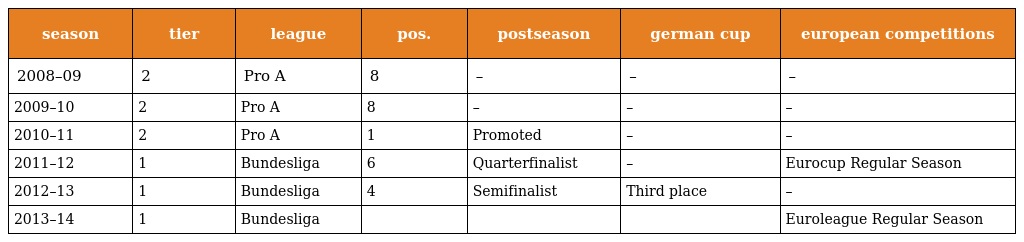
| season | tier | league | pos. | postseason | german cup | european competitions |
 | --- | --- | --- | --- | --- | --- | --- |
 | 2008–09 | 2 | Pro A | 8 | – | – | – |
 | 2009–10 | 2 | Pro A | 8 | – | – | – |
 | 2010–11 | 2 | Pro A | 1 | Promoted | – | – |
 | 2011–12 | 1 | Bundesliga | 6 | Quarterfinalist | – | Eurocup Regular Season |
 | 2012–13 | 1 | Bundesliga | 4 | Semifinalist | Third place | – |
 | 2013–14 | 1 | Bundesliga |  |  |  | Euroleague Regular Season |